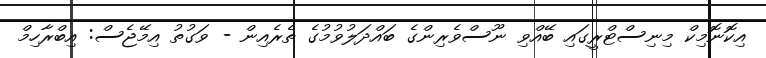
އިކޮނޮމިކް މިނިސްޓްރީގައި ބޭއްވި ނޫސްވެރިންގެ ބައްދަލުވުމުގެ ތެރެއިން - ވަގުތު އިމޭޖެސް: އިބްރާހިމް